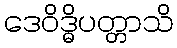
ဒေဝိဒ္ဓိပတ္တာသိ